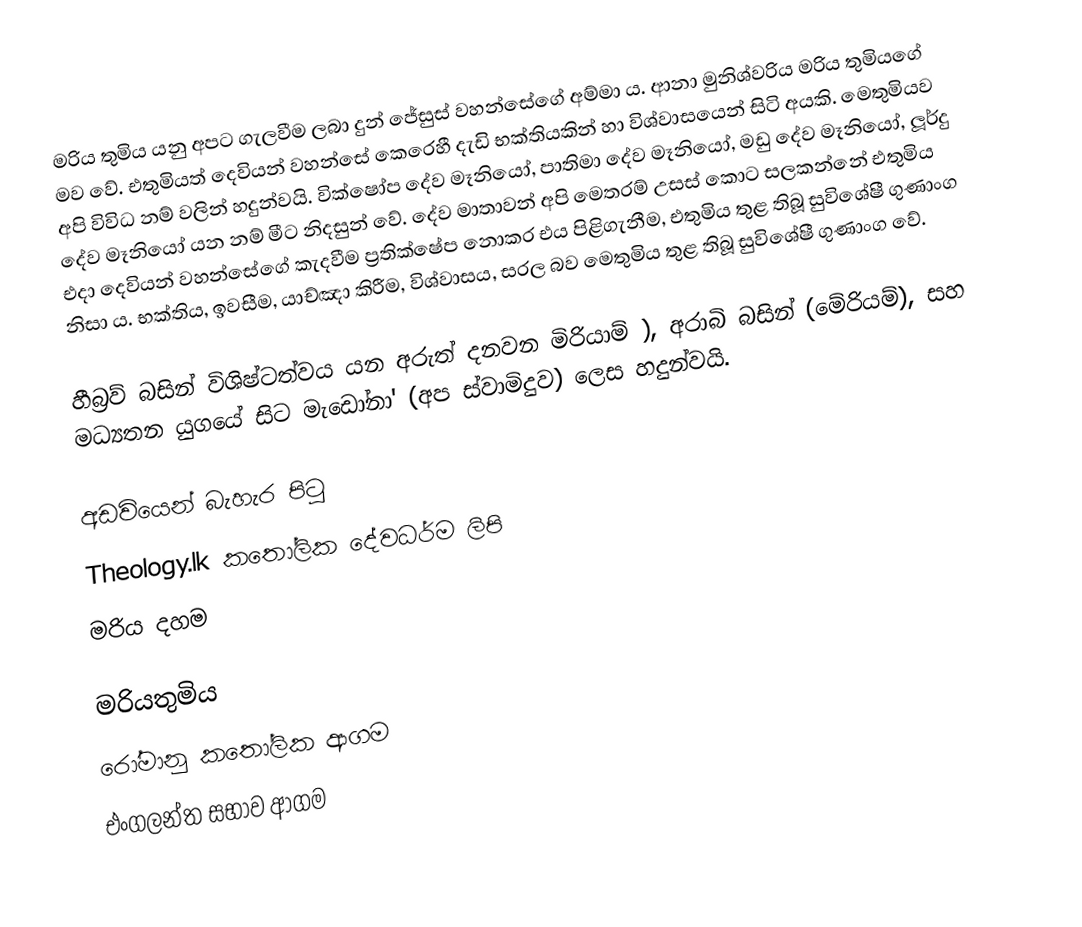
මරිය තුමිය යනු අපට ගැලවීම ලබා දුන් ජේසුස් වහන්සේගේ අම්මා ය. ආනා මුනිශ්වරිය මරිය තුමියගේ මව වේ. එතුමියත් දෙවියන් වහන්සේ කෙරෙහී දැඩි භක්තියකින් හා විශ්වාසයෙන් සිටි අයකි. මෙතුමියව අපි විවිධ නම් වලින් හදුන්වයි. වික්ෂෝප දේව මෑනියෝ, පාතිමා දේව මෑනියෝ, මඩු දේව මෑනියෝ, ලූර්දු දේව මෑනියෝ යන නම් මීට නිදසුන් වේ. දේව මාතාවන් අපි මෙතරම් උසස් කොට සලකන්නේ එතුමිය එදා දෙවියන් වහන්සේගේ කැදවීම ප්‍රතික්ෂේප නොකර එය පිළිගැනීම, එතුමිය තුළ තිබූ සුවිශේෂී ගුණාංග නිසා ය. භක්තිය, ඉවසීම, යාච්ඤා කිරීම, විශ්වාසය, සරල බව මෙතුමිය  තුළ තිබූ සුවිශේෂී ගුණාංග වේ.

හීබ්‍රව් බසින් විශිෂ්ටත්වය යන අරුත් දනවන මිරියාම් ), අරාබි බසින් (මේරියම්), සහ මධ්‍යතන යුගයේ සිට  මැඩෝනා' (අප ස්වාමිදුව) ලෙස හදුන්වයි.

අඩවියෙන් බැහැර පිටු
 Theology.lk කතෝලික දේවධර්ම ලිපි
 මරිය දහම

මරියතුමිය
රෝමානු කතෝලික ආගම
එංගලන්ත සභාව ආගම